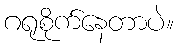
ဂရုစိုက်နေတာပဲ။